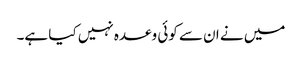
میں نے ان سے کوئی وعدہ نہیں کیا ہے۔